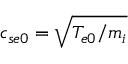
c _ { s e 0 } = \sqrt { T _ { e 0 } / m _ { i } }